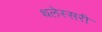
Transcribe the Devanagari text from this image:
थलेस्सरी